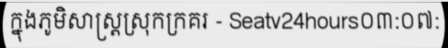
ក្នុងភូមិសាស្ត្រស្រុកក្រគរ - Seatv24hours០៣:០៧: